Vital statistics of India. Vol. VI, European troops 1870-79
Year: 1870
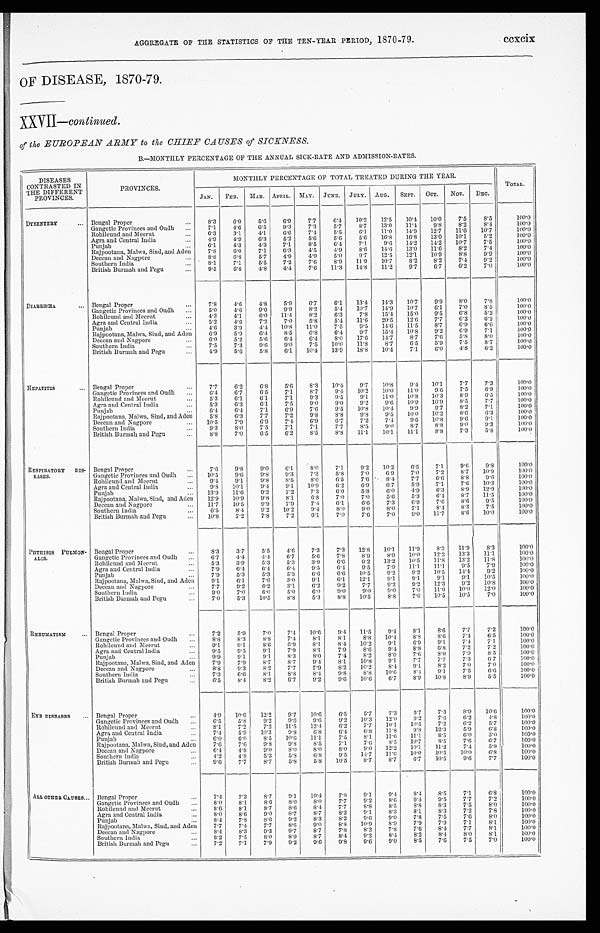
AGGREGATE OF THE STATISTICS OF THE TEN-YEAR PERIOD, 1870-79. ccxcix
OF DISEASE, 1870-79.
XXVII— Continued.
of the EUROPEAN ARMY to the CHIEF CAUSES of SICKNESS.
B.—MONTHLY PERCENTAGE OF THE ANNUAL SICK-RATE AND ADMISSION-RATES.
DISEASES
CONTRASTED IN
THE DIFFERENT
PROVINCES.
PROVINCES.
MONTHLY PERCENTAGE OF TOTAL TREATED DURING THE YEAR.
TOTAL.
JAN. FEB. MAR. APRIL. MAY. JUNE. JULY. AUG. SEPT. OCT. NOV. DEC.
DYSENTERY
... Bengal Proper
... 8.3 6.0 5.6 6.9 7.7 6.4 10.2 12.5 10.4 10.0 7.5 8.5
100. 0
Gangetic Provinces and Oudh ...
7.1
4.6 6.5 9.3 7.3
5.7
8.7 13.0 11.4 9.8 8.2 8.4
100. 0
Rohilcund and Meerut
...
6.3 3.1 4.1
6.6 7.4
5.5 6.1 11.0 14.9 12.7 11.6 10.7
100. 0
Agra and Central India
...
4.9 4.9 6.3 5.2 5.6 5.6 5.6 16.8 16.8 13.0 10.1
5.2
100. 0
Punjab
...
6.1
4.3 4.3 7.1
8.5 6.4 7.1
9.6 14.2 14.2 10.7 7.5
100.0
Rajpootana, Malwa, Sind, and Aden
7.8
6.0 7.1 6.3 4.5 4.9 8.6 14.6 13.0 11.6 8.2 7.4
100. 0
Deccan and Nagpore
...
8.8 6.8 5.7 4.9 4.9 5.0 9.7 12.5 12.1 10.9 8.8 9.9
100.0
Southern India
...
8.1
7.1
5.5 7.2 7.6 8.9 11.9 10.7 8.2 8.2 7.4 9.2
100. 0
British Burmah and Pegu
...
9.5
6.8 4.8 4.4 7.6 11.3 14.8 11.2 9.7 6.7 6.2 7.0
100.0
DIARRHŒA ... Bengal Proper
...
7.8 4.6 4.8 5.9 6.7 6.1 13.4 14.3 10.7 9.9 8.0 7.8
100. 0
Gangetic Provinces and Oudh ...
5.0 4.6 9.0 9.9 8.2
5.4 10.7 14.9 10.7 6.1 7.0 8.5
100.0
Rohilcund and Meerut
...
4.3 4.1
6.0 11.4 8.2 6.3 7.8 15.4 15.0 9.5 6.8 5.2
100. 0
Agra and Central India
...
5.2 4.6 7.2 7.0 5.8
5.4 11.6 20.5 12.6 7.7 6.2 6.2
100.0
Punjab
...
4.6 3.9 4.4 10.8 11.0 7.5
9.5 14.6 11.5 8.7 6.9 6.6
100. 0
Rajpootana, Malwa, Sind, and Aden
6.9 5.9 6.4 8.5 6.8 6.4 9.7 15.4 10.8 9.2 6.9 7.1
100.0
Deccan and Nagpore
...
6.0 5.2 5.6 6.4 6.4 8.0 17.6 14.7 8.7 7.6 5.8 8.0
100. 0
Southern India
...
7.5 7.3 9.6 9.0 7.5 10.0 11.8 8.7 6.5 5.9 7.5 8.7
100.0
British Burmah and Pegu
. . . 4.9 5.6 5.8 6.1 10.4 13.9 18.8 10.4 7.1 6.0 4.8 6.2
100.0
HEPATITIS
... Bengal Proper
...
7.7
6.2 6.8 5.6 8.3 10.4 9.7 10.8 9.4 10.1 7.7 7.3
100. 0
Gangetic Provinces and Oudh ... 6.4 6.7
6.5 7.1
8.7 9.4 10.2 10.0 11.0 9.6 7.5 6.9
100. 0
Rohilcund and Meerut
...
5.3 6.1
6.1 7.1 9.3 9.5 9.1 11.0 10.8 10.3 8.9 6.5
100. 0
Agra and Central India
...
5.3 6.3
6.1
7.5 9.0 9.0 9.2 9.6 10.9 10.9 8.5
7.7
100. 0
Punjab
. . . 6.4 6.4 7.1 6.9 7.6 9.5 10.8 10.4 9.9 9.7 8.2 7.1
100. 0
Rajpootana, Malwa, Sind, and Aden
5.8 6.3
7.7 7.2 9.8 8.8 9.8 9.5 10.0 10.2 8.6 6.3
100. 0
Deccan and Nagpore
.„ 10.5 7.9 6.9 7.4 6.9
6.7 7.2 7.4 9.6 10.8
9 . 6 9.1
100.0
Southern India
. . . 9.3 8.0 7.5 7.1 7.1
7.7
8.5 9.0 8.7 8.8 9.0 9.3
100. 0
British Burmah and Pegu
...
8.8 7.0 6.5 6.2 8.5 8.8 11.1 10.1 11.1
8.8 7.3 5.8
100.0
RESPIRATORY DIS-
EASES.
Bengal Proper
...
7.6 9.8 9.0 6.1 8.0 7.1
9.2 10.2 6.5 7.1
9.6 9.8
100. 0
Gangetic Provinces and Oudh
. . . 10.5 9.6 9.8 9.3 7.3 5.8 7.0 6.9 7.0 7.2 8.7 10.9
100. 0
Rohilcund and Meerut
. . . 9.4 9.1
9.8 8.5 8.0 6.5
7 . 6 8.4 7.7 6.6 8.8 9.6
100. 0
Agra and Central India
...
9.8 10.1
9 . 4 9.1 10.9 6.2 6.9 6.7 5.9 7.1 7.6 10.3
100. 0
Punjab
... 13.9 11.6 9.2 7.2 7.3 6.0 5.8
6 . 0 4.9
6 . 3 8.9 12.9
100. 0
Rajpootana, Malwa, Sind, and Aden 12.9 10.9 9.8 8.1 6.8 7.0 7.0 5.6 5.3 6.4 8.7 11.5
100. 0
Deccan and Nagpore
... 11.7 10.5 9.9 7.9 7.4 6.1
6.6 7.3 6.9 7.6 8.6 9.5
100. 0
Southern India
... 6.5 8.4 9.2 10.2 9.4 8.0
9 . 0 8.0 7.1 8.4 8.3 7.5
100. 0
British Burmah and Pegu
... 10.8 7.2 7.8 7.2 6.1
7.0 7.6 7.0 9.0 11.7 8.6 10.0
100.0
PHTHISIS PULMON-
ALIS.
Bengal Proper
...
8.3 3.7
5.5 4.6 7.3 7.3 12.8 10.1 11.9 8.3 11.9
8.3
100. 0
Gangetic Provinces and Oudh
. . . 6.7
4 . 4 4.4 6.7
5.6 7.8 8.9 8.9 10.0 12.2 13.3 11.1
100.0
Rohilcund and Meerut
...
5.3 3.9 5.3 5.3 3.9 6.6 9.2 13.2 10.5 11.8 13.2 11.8
100. 0
Agra and Central India
. . . 7.9 6.4 6.4 6.4 9.5 6.4 9.5 7.9 11.1 11.1 9.5 7.9
100. 0
Punjab
...
7.9 5.3 5.3 5.3 6.6 6.6 10.5 9.2 9.2 10.5 14.4 9.2
100.0
Rajpootana, Malwa, Sind, and Aden 9.1 6.1
7.6 3.0 9.1 6.1 12.1
9.1 9.1 9.1
9.1 10.5
100. 0
Deccan and Nagpore
...
7.7 9.2
6.2 3.1 6.2 9.2 7.7 9.2 9.2 12.3 9.2 10.8
100. 0
Southern India
...
9.0 7.0 6.0 5.0
6 . 0 9.0
9 . 0 9.0 7.0 11.0 10.0 12.0
100. 0
British Burmah and Pegu
. . . 7.0 5.3 10.5 8.8
5.3 8.8 10.5 8.8 7.0 10.5 10.5 7.0
100.0
RHEUMATISM ... Bengal Proper
...
7 . 2
5.9
7.0 7.4 10.6 9.4 11.5 9.4 8.1
8.6 7.7
7.2
100. 0
Gangetic Provinces and Oudh ...
8.8 8.3
8.8 7.4 8.1
8.1
8.8 10.4 8.8 8.6 7.4 6.5
100. 0
Rohilcund and Meerut
...
9.1 9.1
8.6 6.9 8.1
8.4 10.2 9.1 6.9 9.1 7.4 7.1
100. 0
Agra and Central India
...
9.5 9.5 9.1 7.9 8.1
7.9 8.6 9.4 8.8 6.8 7.2 7.2
100. 0
Punjab
...
9.9 9.1 9.1
8.3
8.0 7.4 8.2 8.0 7.6 8.0 7.9 8.5
100. 0
Rajpootana, Malwa, Sind, and Aden
7.9 7.9 8.7 8.7 9.4 8.1 10.8 9.1
7.7 7.7 7.3
6.7
100. 0
Deccan and Nagpore
...
8.8 9.3
8.2 7.7 7.9 8.2 10.2 8.4 9.1 8.2 7.0 7.0
100. 0
Southern India
. . . 7.3 6.6 8.1 8.8 8.4 9.8 8.8 10.6 8.4 9.1 7.5
6.6
100. 0
British Burmah and Pegu
.
..
6 . 5 8.4 8.2 6.7 9.2 9.6 10.6 6.7 8.9 10.8 8.9 5.5
100.0
EYE DISEASES... Bengal Proper
... 4.9 10.6 12.2 9.7 10.6 6.5 5.7 7.3 5.7 7.3 8.9 10.6
100. 0
Gangetic Provinces and Oudh ...
6.5 5.8
9.2 9.6
9 . 6 9.2 10.3 12.0 9.2 7.6 6.2 4.8
100. 0
Rohilcund and Meerut
...
8.1 7.2
7.2 11.5 12.4 6.2 7.7 10.1 10.5 7.2 6.2
5.7
100. 0
Agra and Central India
. . .
7 . 4 5.9 10.3 9.8 6.8 6.4 6.8 11.8
9 . 8 12.3
5.9 6.8
100. 0
Punjab
...
6.0 6.0 8.5 10.6 11.1
7.5 8.1 11.6 11.1
8.5 6.0 5.0
100. 0
Rajpootana, Malwa, Sind, and Aden
7.6 7.6 9.8 9.8 8.5 7.1 7.6 8.5 10.7 8.5 7.6 6.7
100. 0
Deccan and Nagpore
...
6.4 4.8 9.0 8.0
8 . 0 8.0 9.0 12.2 10.1 11.2 7.4 5.9
100. 0
Southern India
. . . 4.2 4.8 5.3 5.8 6.8 9.5 14.7 11.6 10.0 10.5 10.0 6.8
100. 0
British Burmah and Pegu
...
9.6 7.7 8.7 5.8 5.8 10.5 8.7 8.7 6.7 10.5 9.6 7.7
100.0
ALL OTHER CAUSES... Bengal Proper
...
7.4 7.3 8.7 9.1 10.4 7.8 9.1 9.4 8.4 8.5 7.1 6.8
100. 0
Gangetic Provinces and Oudh ...
8.0 8.1
8.6 8.0
8 . 0 7.7 9.2 8.6 9.4 9.5 7.7 7.2
100. 0
Rohilcund and Meerut
... 8.6 8.1
8.7 8.6 8.4 7.7
8 . 8 8.5
8 . 8 8.3 7.5
8.0
100. 0
Agra and Central India
. . . 8.0 8.6 9.0 8.7 8.7 8.2 9.1 8.3 8.1 8.3 7.2 7.8
100. 0
Punjab
...
8.4 7.8 8.6 9.2 8.3 8.2 9.6 9.0 7.8 7.5 7.6 8.0
100. 0
Rajpootana, Malwa, Sind, and Aden
7.7 7.4 7.7 8.6 9.0 8.8 10.9 8.9 7.9 7.9 7.1
8.1
100. 0
Deccan and Nagpore
...
8.4 8.3 9.3 9.7 8.7
7.8 8.2 7.8 7.6 8.4 7.7
8.1
100. 0
Southern India
...
8.2 7.5 8.0 8.9 8.7 8.4 9.2 8.4 8.2 8.4 8.0 8.1
100. 0
British Burmah and Pegu
...
7.2 7.1 7.9 9.2 9.6 9.8 9.6 9.0 8.5 7.6 7.5 7.0
100. 0